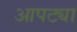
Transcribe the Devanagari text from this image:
आपट्या